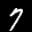
Label: 7